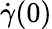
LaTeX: {\dot{\gamma}}(0)